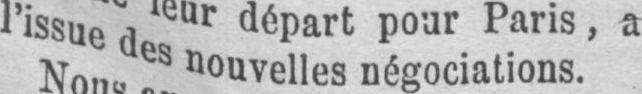
l’issue des nouvelles négociations.